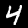
Label: 4